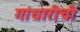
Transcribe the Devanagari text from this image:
गांधारीची